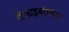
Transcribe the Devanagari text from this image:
डिफाइबरीलेटर